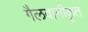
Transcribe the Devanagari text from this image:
गैलवानीकृत